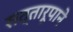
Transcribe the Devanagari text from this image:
सत्तारूपाने